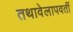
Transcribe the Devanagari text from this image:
तथावेलापवर्ती